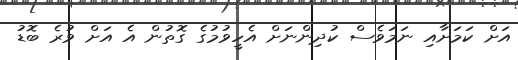
އަށް ކަމަށާއި ނަމަވެސް ކުދިންނަށް އެހީވުމުގެ ގޮތުން އެ އަށް ވުރެ ބޮޑު